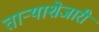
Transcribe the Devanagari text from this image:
ताऱ्याशेजारी